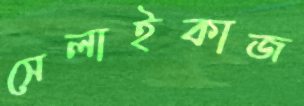
সেলাইকাজ